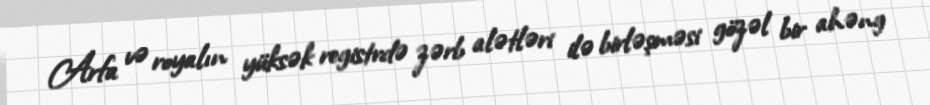
Arfa və royalın yüksək registrdə zərb alətləri ilə birləşməsi gözəl bir ahəng